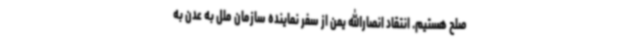
صلح هستیم. انتقاد انصارالله یمن از سفر نماینده سازمان ملل به عدن به